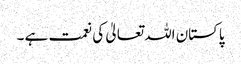
پاکستان اللہ تعالیٰ کی نعمت ہے ۔